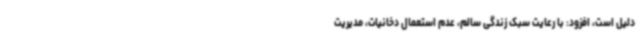
دلیل است، افزود: با رعایت سبک زندگی سالم، عدم استعمال دخانیات، مدیریت